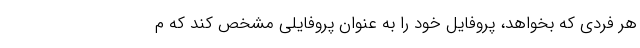
هر فردی که بخواهد، پروفایل خود را به عنوان پروفایلی مشخص کند که م